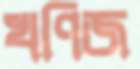
খণিজ